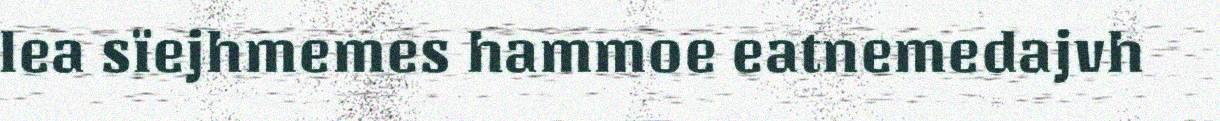
lea sïejhmemes hammoe eatnemedajvh